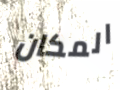
المكان